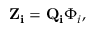
\mathbf { Z _ { i } } = \mathbf { Q _ { i } } \Phi _ { i } ,